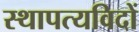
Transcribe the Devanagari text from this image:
स्थापत्यविदों